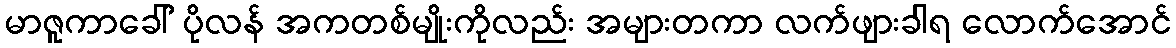
မာဇူကာခေါ် ပိုလန် အကတစ်မျိုးကိုလည်း အများတကာ လက်ဖျားခါရ လောက်အောင်